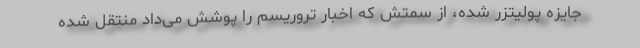
جایزه پولیتزر شده، از سمتش که اخبار تروریسم را پوشش می‌داد منتقل شده